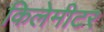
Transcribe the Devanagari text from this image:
किलेमीटर